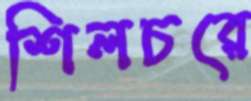
শিলচরে